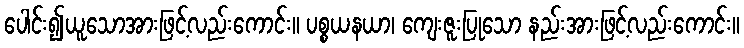
ပေါင်း၍ယူသောအားဖြင့်လည်းကောင်း။ ပစ္စယနယာ၊ ကျေးဇူးပြုသော နည်းအားဖြင့်လည်းကောင်း။